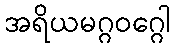
အရိယမဂ္ဂဝဂ္ဂေါ